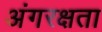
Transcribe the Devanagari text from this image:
अंगरक्षता